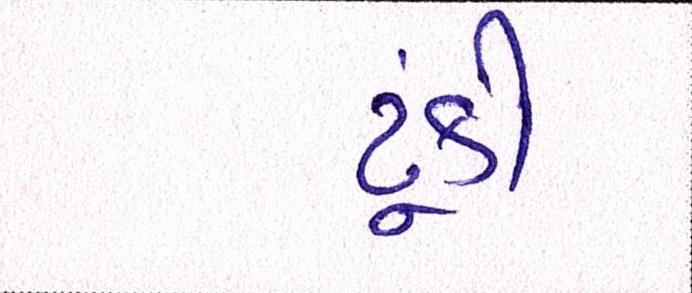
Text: ટૂંકી